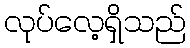
လုပ်လေ့ရှိသည်